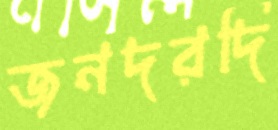
জনদরদি